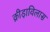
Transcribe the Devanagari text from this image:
क्रीड़ाविलास